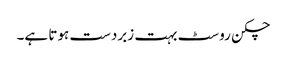
چکن روسٹ بہت زبردست ہوتا ہے۔